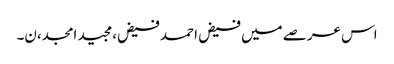
اس عرصے میں فیض احمد فیض،مجید امجد،ن۔